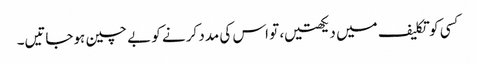
کسی کو تکلیف میں دیکھتیں، تو اس کی مدد کرنے کو بے چین ہوجاتیں۔